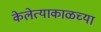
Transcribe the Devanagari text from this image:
केलेत्याकाळच्या